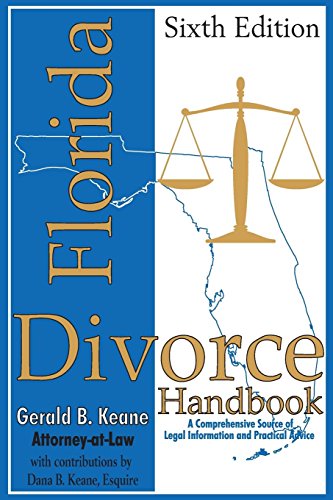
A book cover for Florida Divorce Handbook; Gerald B Keane; Law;